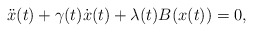
\begin{align*}\ddot x(t) + \gamma(t) \dot x(t) + \lambda(t)B(x(t))=0,\end{align*}